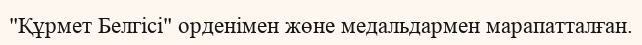
"Құрмет Белгісі" орденімен жөне медальдармен марапатталған.